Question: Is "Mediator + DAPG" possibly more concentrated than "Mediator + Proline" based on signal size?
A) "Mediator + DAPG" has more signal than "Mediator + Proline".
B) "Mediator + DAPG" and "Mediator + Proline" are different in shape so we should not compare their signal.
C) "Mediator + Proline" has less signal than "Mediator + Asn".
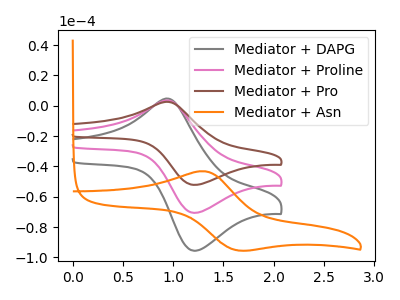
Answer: <think>The gray curve "Mediator + DAPG" has an anodic peak at (0.95V, 4.75uA) and a cathodic peak at (1.20V, -95.60uA). The pink curve "Mediator + Proline" has an anodic peak at (0.95V, 3.50uA) and a cathodic peak at (1.20V, -70.60uA). The brown curve "Mediator + Pro" has an anodic peak at (0.95V, 7.00uA) and a cathodic peak at (1.20V, -141.25uA). The orange curve "Mediator + Asn" has an anodic peak at (1.30V, -43.25uA) and a cathodic peak at (1.65V, -95.25uA).
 All the peaks in "Mediator + DAPG" have a peak in "Mediator + Proline" at the same potential. Every peak in "Mediator + DAPG" is higher than every peak in "Mediator + Proline".</think>
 <answer>A) "Mediator + DAPG" has more signal than "Mediator + Proline".</answer>
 <eval>A</eval>